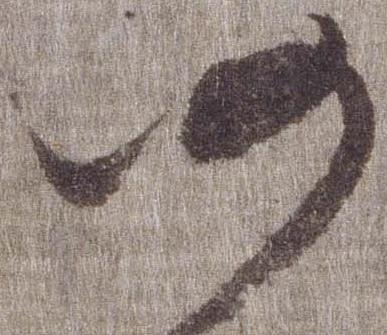
仍